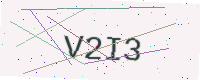
Text: V2I3